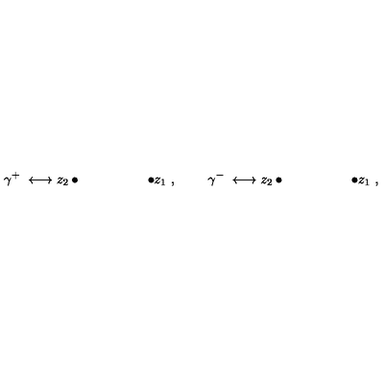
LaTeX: \gamma ^ { + } \ \longleftrightarrow z _ { 2 } \bullet \quad \qquad \qquad \bullet z _ { 1 } \ , \ \quad \quad \gamma ^ { - } \ \longleftrightarrow z _ { 2 } \bullet \quad \qquad \qquad \bullet z _ { 1 } \ ,